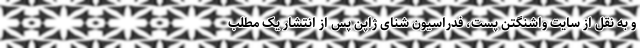
و به نقل از سایت واشنگتن پست، فدراسیون شنای ژاپن پس از انتشار یک مطلب